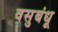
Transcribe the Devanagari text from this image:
वसुबंधू